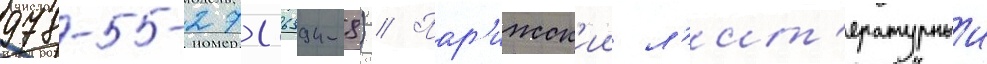
978-5-271-36394-8) // Пар'ижск'ии л'ит'ературныи